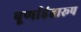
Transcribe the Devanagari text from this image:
पूर्णाहंतारूप